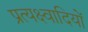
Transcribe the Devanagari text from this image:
प्रत्यक्ष्वादियों